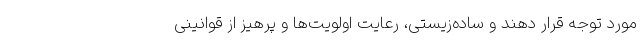
مورد توجه قرار دهند و ساده‌زیستی، رعایت اولویت‌ها و پرهیز از قوانینی